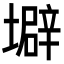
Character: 壀